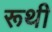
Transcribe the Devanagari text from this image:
रूथी